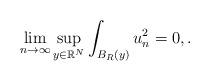
LaTeX: \begin{align*}\lim_{n\rightarrow \infty} \sup_{y\in \mathbb R^N} \int_{B_R\left( y\right)}u_n^2=0,.\end{align*}